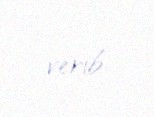
verib.